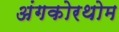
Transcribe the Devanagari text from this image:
अंगकोरथोम